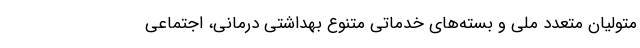
متولیان متعدد ملی و بسته‌های خدماتی متنوع بهداشتی درمانی، اجتماعی